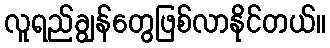
လူရည်ချွန်တွေဖြစ်လာနိုင်တယ်။